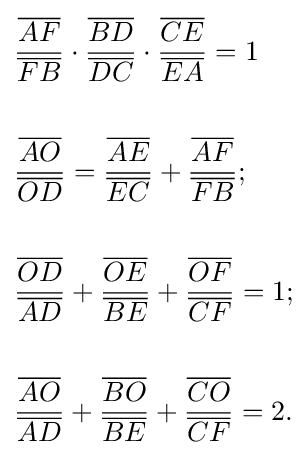
{\begin{aligned}&{\frac {\overline {AF}}{\overline {FB}}}\cdot {\frac {\overline {BD}}{\overline {DC}}}\cdot {\frac {\overline {CE}}{\overline {EA}}}=1\\&\\&{\frac {\overline {AO}}{\overline {OD}}}={\frac {\overline {AE}}{\overline {EC}}}+{\frac {\overline {AF}}{\overline {FB}}};\\&\\&{\frac {\overline {OD}}{\overline {AD}}}+{\frac {\overline {OE}}{\overline {BE}}}+{\frac {\overline {OF}}{\overline {CF}}}=1;\\&\\&{\frac {\overline {AO}}{\overline {AD}}}+{\frac {\overline {BO}}{\overline {BE}}}+{\frac {\overline {CO}}{\overline {CF}}}=2.\end{aligned}}